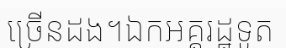
ច្រើនដង។ឯកអគ្គរដ្ឋទូត